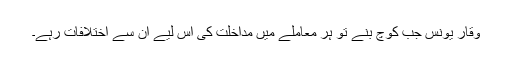
وقار یونس جب کوچ بنے تو ہر معاملے میں مداخلت کی اس لیے ان سے اختلافات رہے۔